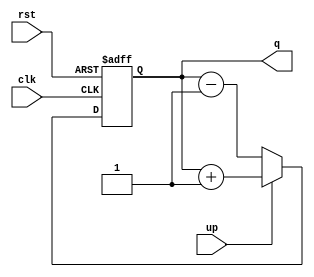
module part22(clk, rst, up, q);

input clk, rst, up;
output reg [3:0] q;

always@(posedge clk or posedge rst)
 begin
  if (rst)
   q <= 0;
  else
   q <= up ? (q+1) : (q-1);
 end

endmodule